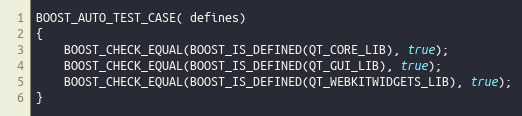
Language: C++
BOOST_AUTO_TEST_CASE( defines)
{
    BOOST_CHECK_EQUAL(BOOST_IS_DEFINED(QT_CORE_LIB), true);
    BOOST_CHECK_EQUAL(BOOST_IS_DEFINED(QT_GUI_LIB), true);
    BOOST_CHECK_EQUAL(BOOST_IS_DEFINED(QT_WEBKITWIDGETS_LIB), true);
}